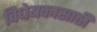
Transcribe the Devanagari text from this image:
विधेयकासाठी